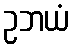
ဥဘယံ